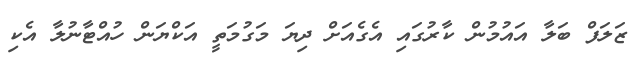
ޒަލަފް ބަލާ އައުމުން ކާރުގައި އެގެއަށް ދިޔަ މަގުމަތީ އަކްޔަން ހުއްޓާނުލާ އެކި